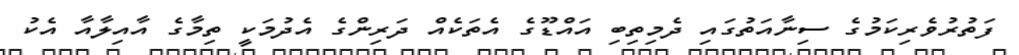
ފަތުރުވެރިކަމުގެ ސިނާއަތުގައި ދެމިތިބި އައްޑޫގެ އެތަކެއް ދަރިންގެ އެދުމަކީ ތިމާގެ އާއިލާއާ އެކު